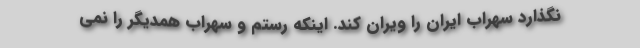
نگذارد سهراب ایران را ویران کند. اینکه رستم و سهراب همدیگر را نمی